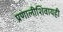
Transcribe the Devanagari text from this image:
प्रणालीशिवायही